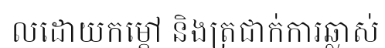
លដោយកម្តៅ និងត្រជាក់ការឆ្លាស់